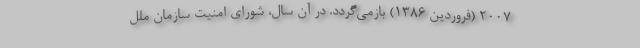
2007 (فروردین 1386) بازمی‌گردد. در آن سال، شورای امنیت سازمان ملل